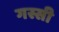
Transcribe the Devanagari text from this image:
गस्सी